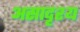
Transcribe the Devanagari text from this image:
असादृश्य